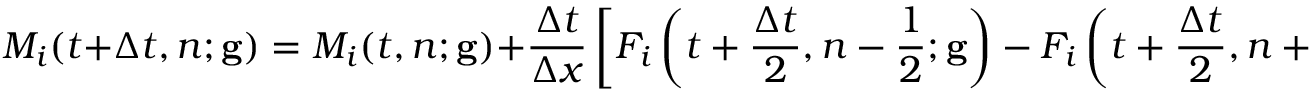
M _ { i } ( t + \Delta t , n ; \mathbf { g } ) = M _ { i } ( t , n ; \mathbf { g } ) + \frac { \Delta t } { \Delta x } \left[ F _ { i } \left( t + \frac { \Delta t } { 2 } , n - \frac { 1 } { 2 } ; \mathbf { g } \right) - F _ { i } \left( t + \frac { \Delta t } { 2 } , n + \frac { 1 } { 2 } ; \mathbf { g } \right) \right] ,